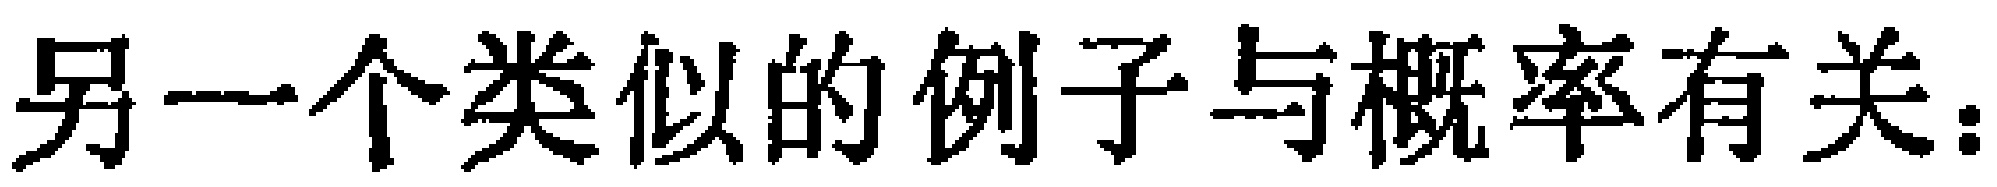
另一个类似的例子与概率有关：